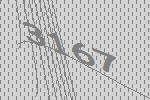
3167